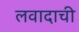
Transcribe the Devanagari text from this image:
लवादाची